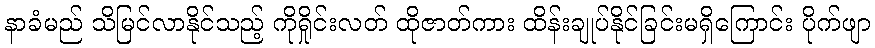
နာခံမည် သိမြင်လာနိုင်သည့် ကိုရှိုင်းလတ် ထိုဇာတ်ကား ထိန်းချုပ်နိုင်ခြင်းမရှိကြောင်း ပိုက်ဖျာ